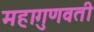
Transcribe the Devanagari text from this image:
महागुणवती